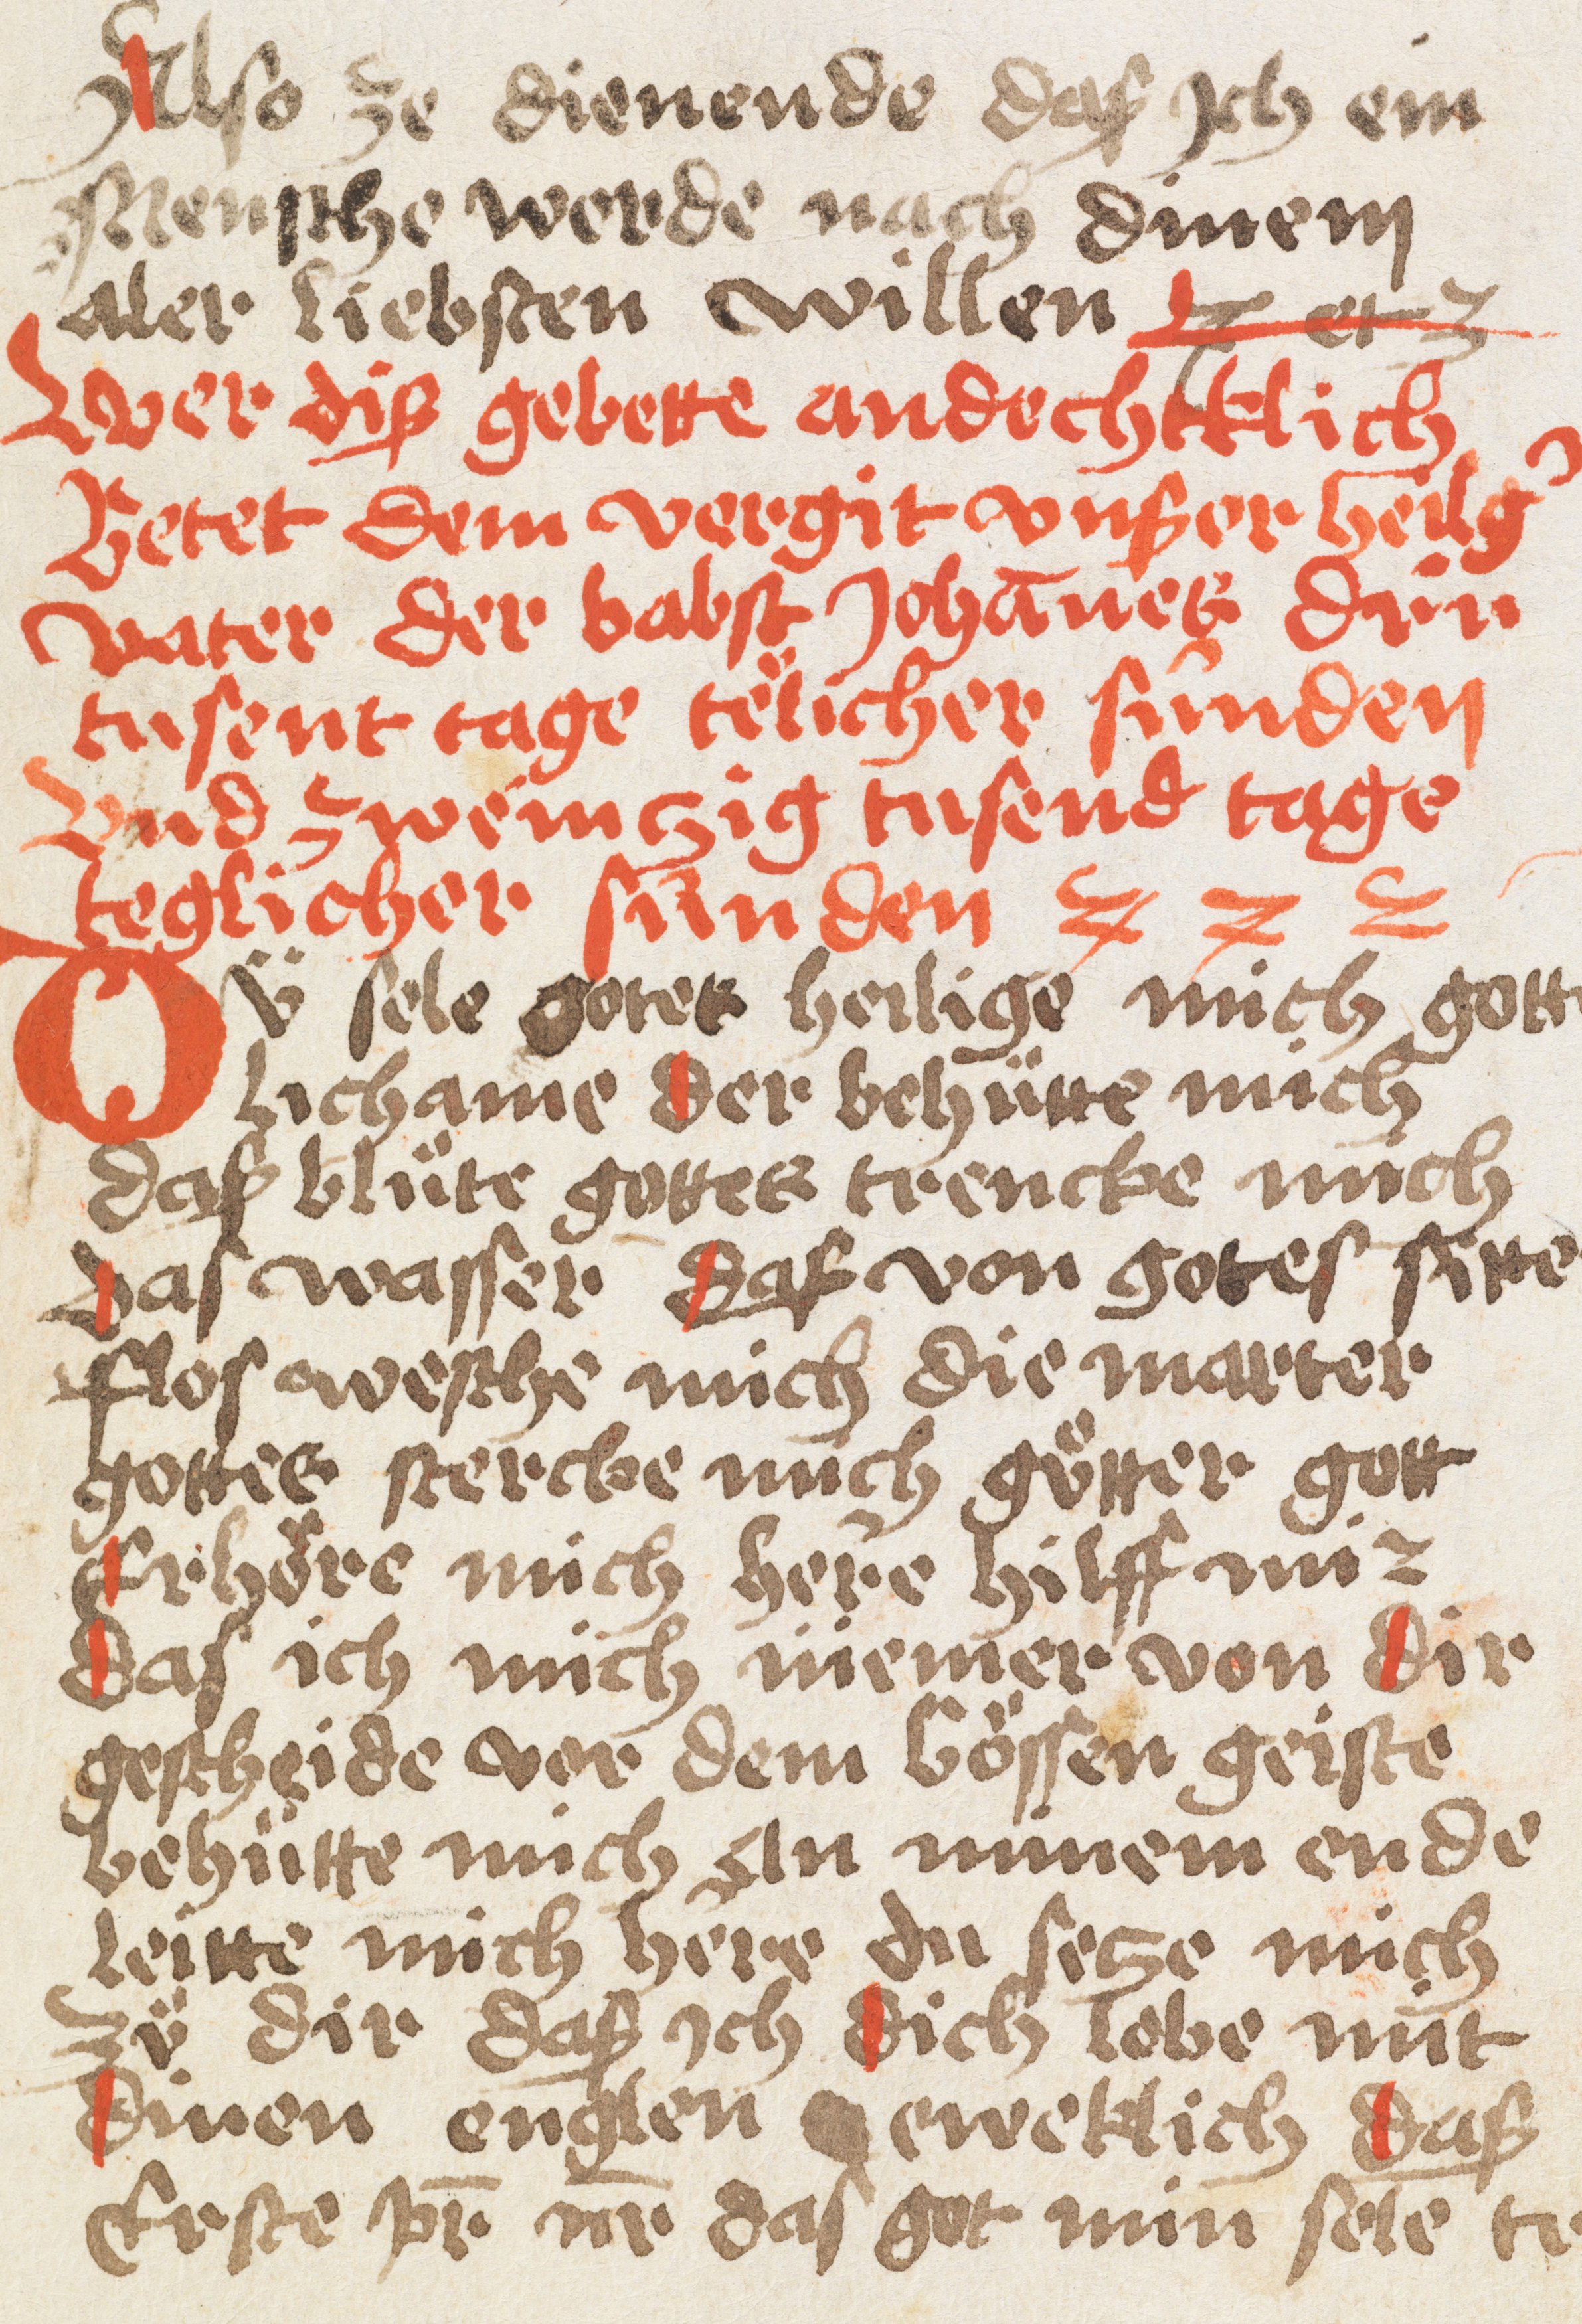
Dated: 1493–1493